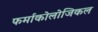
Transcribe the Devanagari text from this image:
फर्माकोलोजिकल